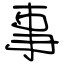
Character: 事